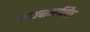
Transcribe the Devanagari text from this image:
अथवागणित